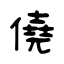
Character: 僥